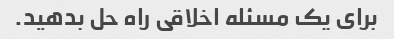
برای یک مسئله اخلاقی راه حل بدهید.